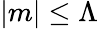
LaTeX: |m|\leq\Lambda